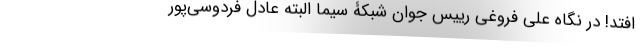
افتد! در نگاه علی فروغی رییس جوان شبکۀ سیما البته عادل فردوسی‌پور